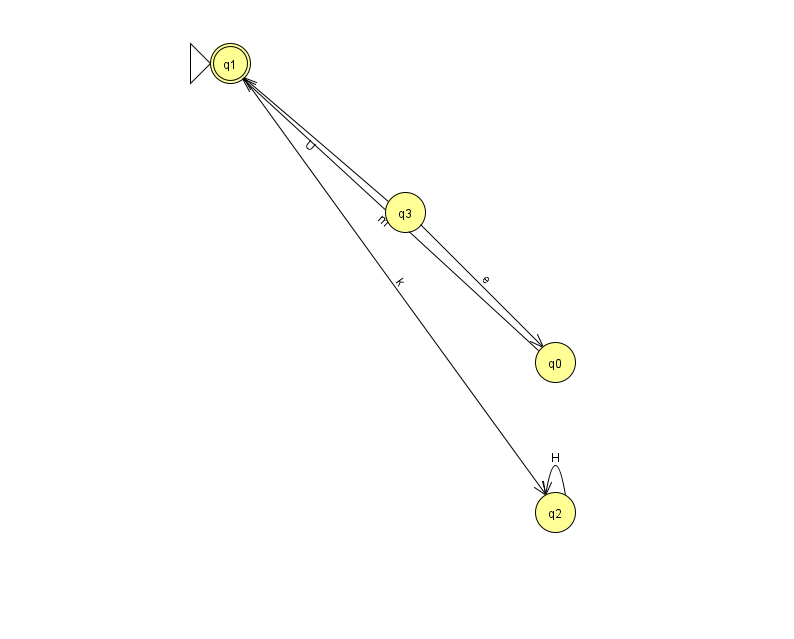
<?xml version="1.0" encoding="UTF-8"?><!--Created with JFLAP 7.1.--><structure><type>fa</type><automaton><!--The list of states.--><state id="0" name="q0"><x>555.0</x><y>349.0</y></state><state id="1" name="q1"><x>230.0</x><y>50.0</y><initial/><final/></state><state id="2" name="q2"><x>555.0</x><y>499.0</y></state><state id="3" name="q3"><x>405.0</x><y>199.0</y></state><!--The list of transitions.--><transition><from>1</from><to>2</to><read>k</read></transition><transition><from>3</from><to>0</to><read>e</read></transition><transition><from>3</from><to>1</to><read>U</read></transition><transition><from>2</from><to>2</to><read>H</read></transition><transition><from>0</from><to>1</to><read>m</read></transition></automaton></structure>